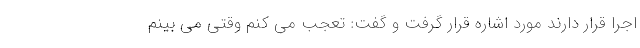
اجرا قرار دارند مورد اشاره قرار گرفت و گفت: تعجب می کنم وقتی می بینم